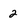
Character: 2